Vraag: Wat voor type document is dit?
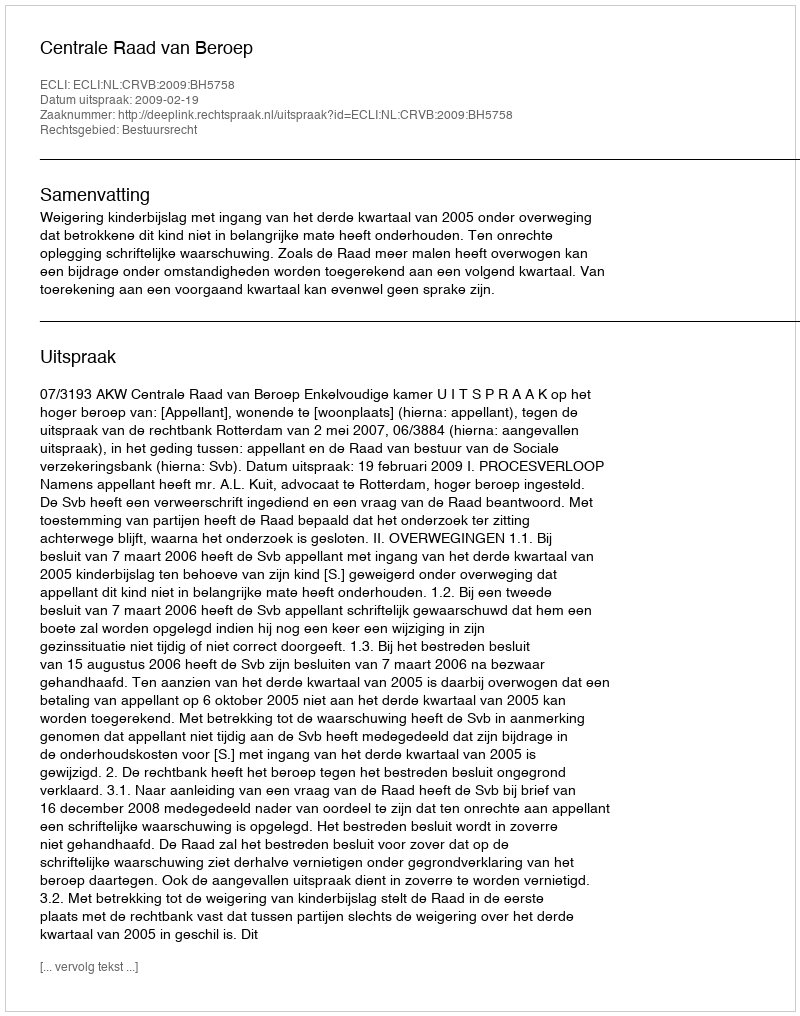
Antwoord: Uitspraak